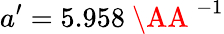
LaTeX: a^{\prime}=5.958{\mathrm{~\AA~}^{-1}}